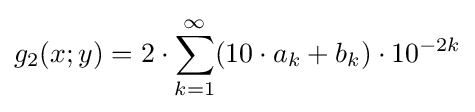
g_{2}(x;y)=2\cdot \sum _{k=1}^{\infty }(10\cdot a_{k}+b_{k})\cdot 10^{-2k}